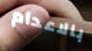
بالاعدام